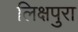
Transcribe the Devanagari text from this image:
लिक्षपुरा